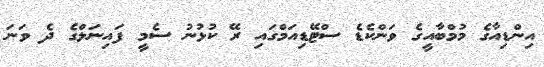
އިންޑިއާގެ މުމްބާއީގެ ވަންކެޑެ ސްޓޭޑިއަމްގައި ރޭ ކުޅުނު ސެމީ ފައިނަލްގެ ދެ ވަނަ